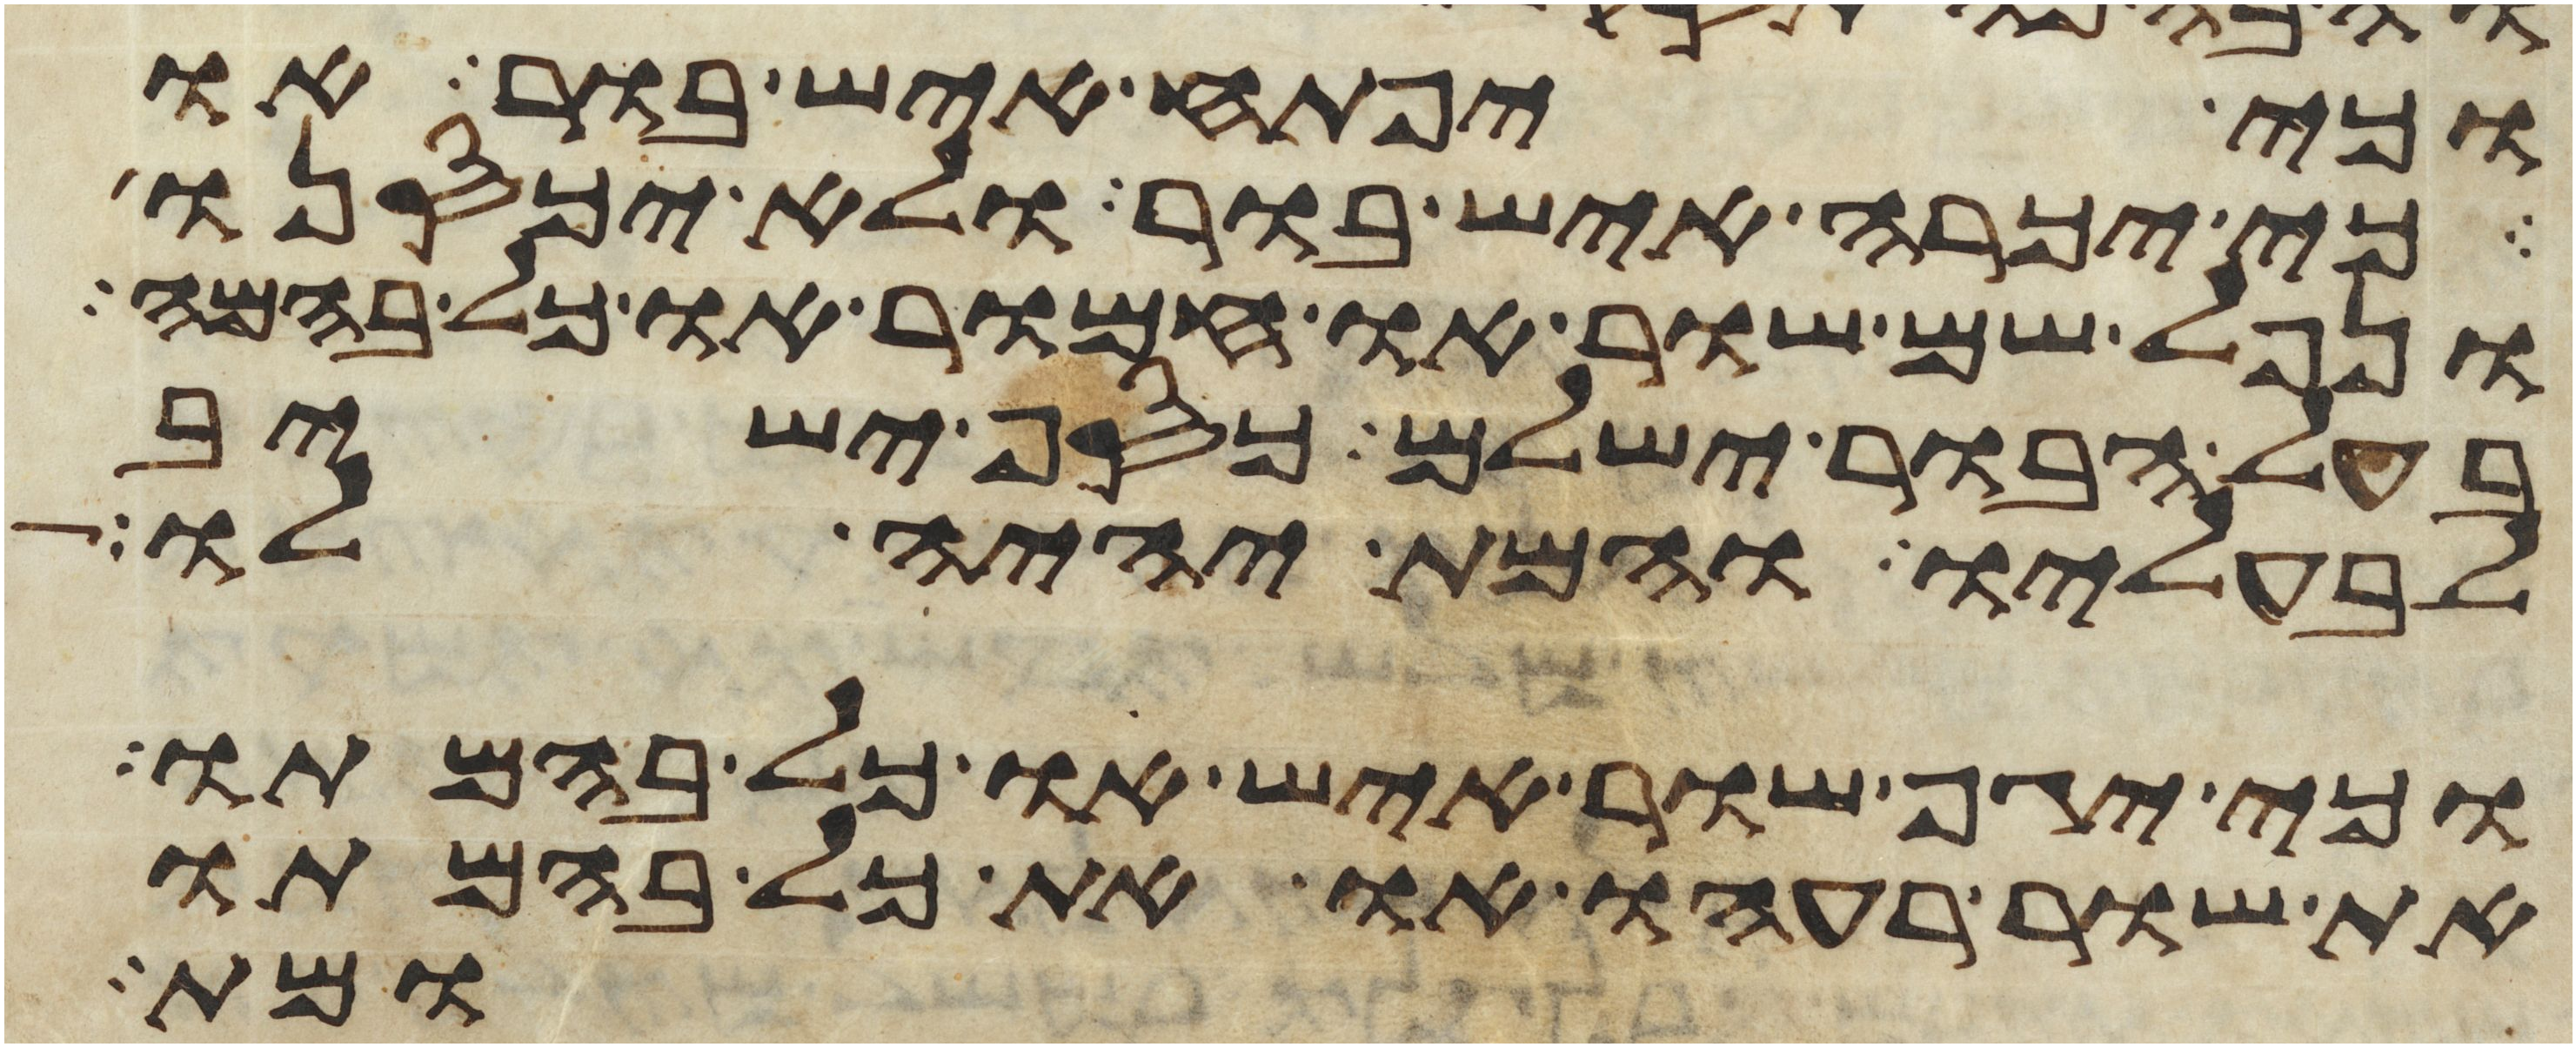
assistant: וכי יפתח איש בור או
כי יכרה איש בור ולא יכסנו
ונפל שם שור או חמור או כל בהמה
בעל הבור ישלם כסף ישיב
לבעליו והמת יהיה לו
וכי יגף שור איש או כל בהמתו
את שור רעהו או את כל בהמתו
ומת